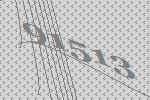
91513